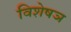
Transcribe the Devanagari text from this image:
विशेषञ